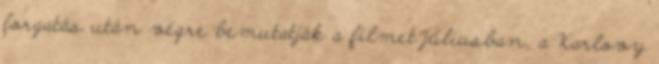
forgatás után végre bemutatják a filmet júliusban, a Karlovy